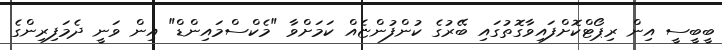
ބީބީސީ އިން ރިޕޯޓްކޮށްފައިވާގޮތުގައި ބޭރުގެ ކުންފުންޏެއް ކަމަށްވާ "މެކްސްމައިންޑް" އިން ވަނީ ދެމަފިރިންގެ